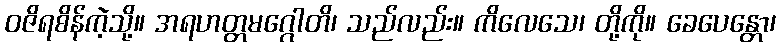
ဝဇိရစိန်ကဲ့သို့။ အရဟတ္တမဂ္ဂေါတိ၊ သည်လည်း။ ကိလေသေ၊ တို့ကို။ ခေပေန္တော၊